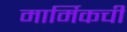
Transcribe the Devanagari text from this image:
मार्मिकची